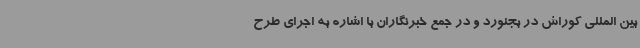
بین المللی کوراش در بجنورد و در جمع خبرنگاران با اشاره به اجرای طرح